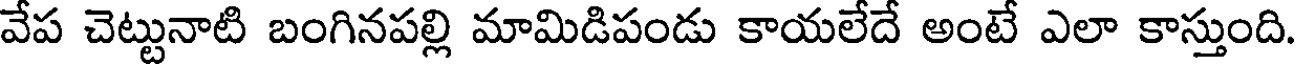
వేప చెట్టునాటి బంగినపల్లి మామిడిపండు కాయలేదే అంటే ఎలా కాస్తుంది